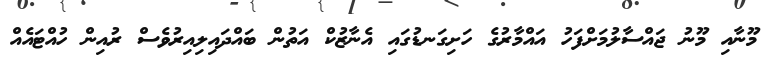
މޫނާއި މޫނު ޖައްސާލުމަށްފަހު އައްމާރުގެ ހަށިގަނޑުގައި އެނާޒުކް އަތުން ބައްދައިލިއިރުވެސް ރުއިން ހުއްޓައެއް